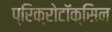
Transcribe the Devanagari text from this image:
प्रिक्रोटॉक्सिन